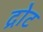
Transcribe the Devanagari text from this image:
द्रोट